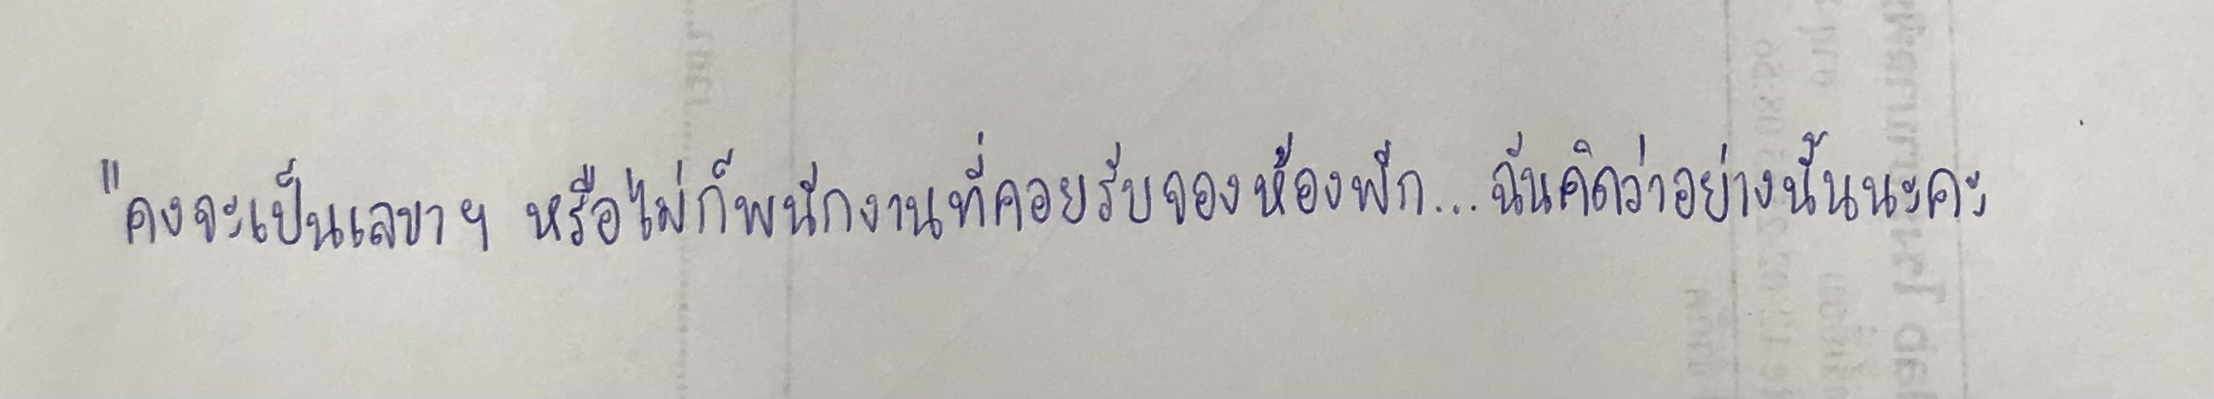
"คงจะเป็นเลขาฯหรือไม่ก็พนักงานที่คอยรับจองห้องพัก...ฉันคิดว่าอย่างนั้นนะคะ